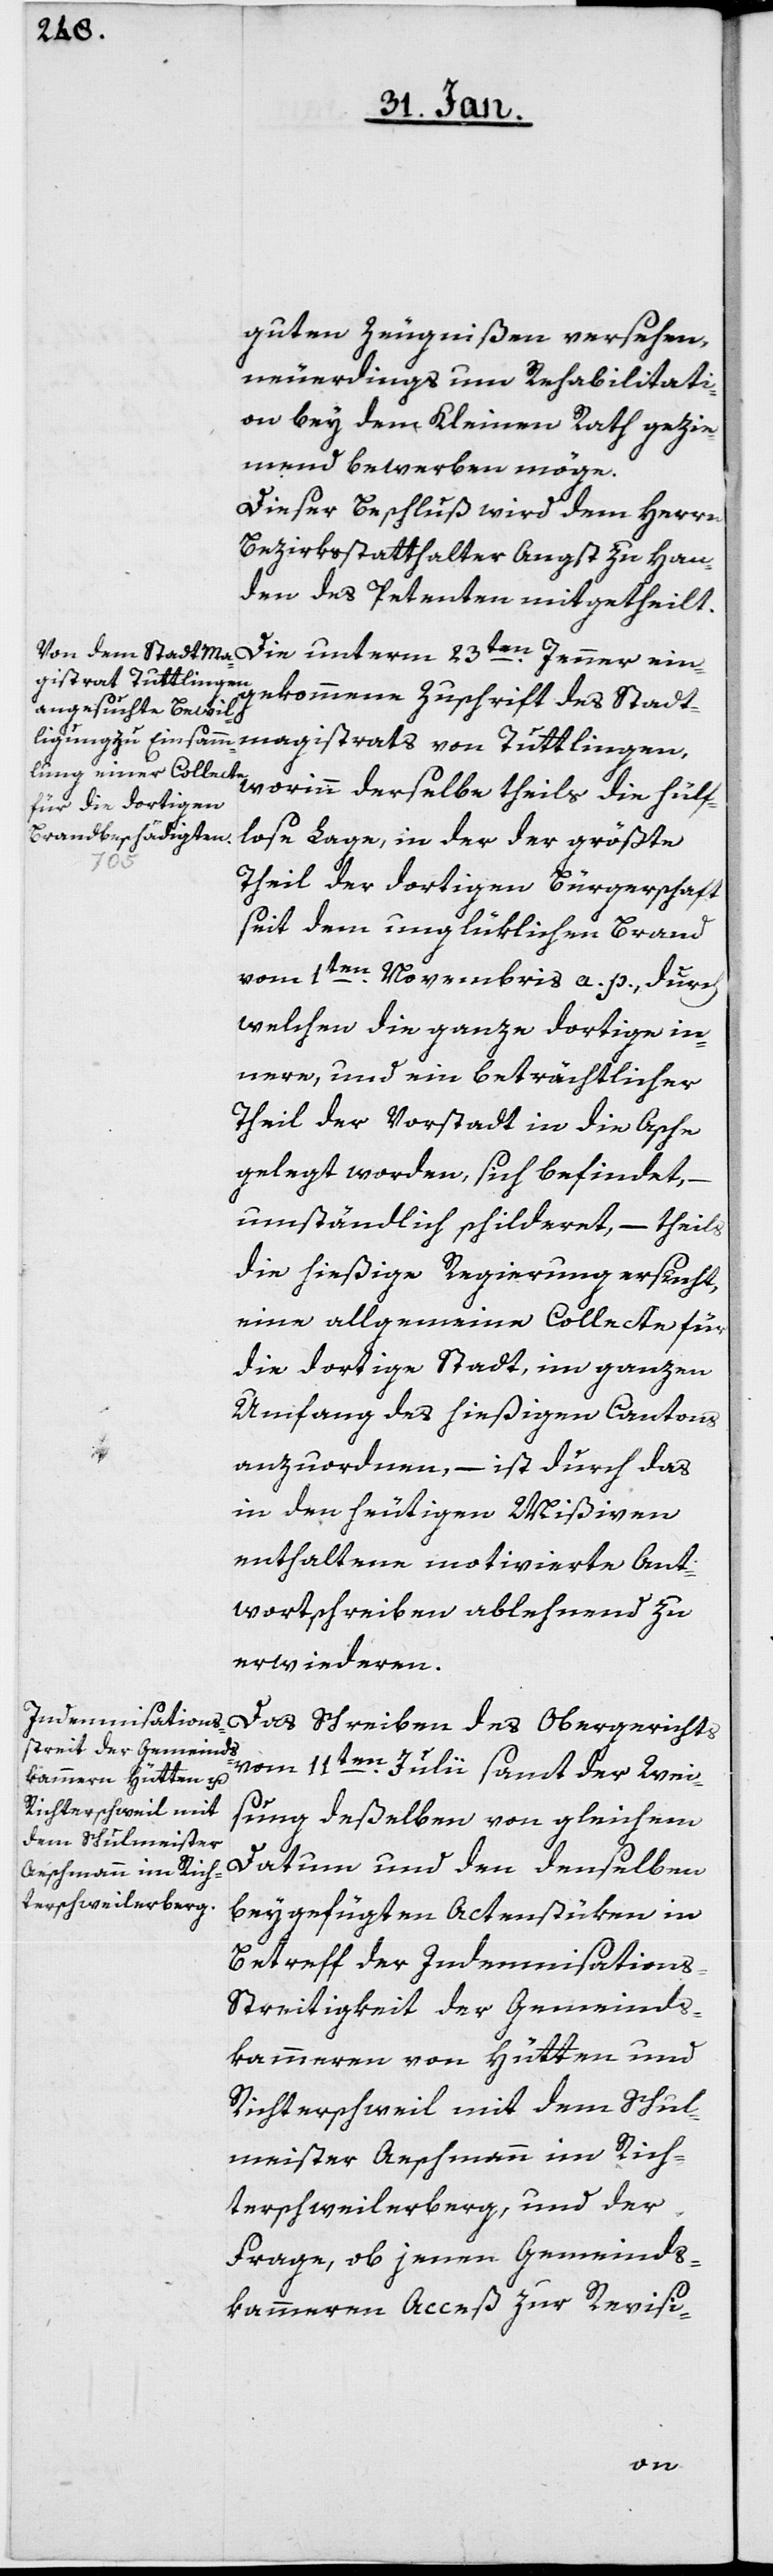
guten Zeugnißen versehen,
neuerdings um Rehabilitati¬
on bey dem Kleinen Rath gezie¬
mend bewerben möge.
Dieser Beschluß wird dem Herrn
Bezirksstatthalter Angst zu Han¬
den des Petenten mitgetheilt.
Die unterm 23ten. Jenner ein¬
magistrats von Tuttlingen,
gekommene Zuschrift des Stadt¬
worinn derselbe theils die hülf¬
lose Lage, in der der größte
Theil der dortigen Bürgerschaft
seit dem unglüklichen Brand
vom 1ten. Novembris a. p., durch
welchen die ganze dortige in¬
nere, und ein beträchtlicher
Theil der Vorstadt in die Asche
gelegt worden, sich befindet, –
umständlich schilderet, – theils
die hießige Regierung ersucht,
eine allgemeine Collecte für
die dortige Stadt, im ganzen
Umfang des hießigen Cantons
anzuordnen, – ist durch das
in den heutigen Mißiven
enthaltene motivierte Ant¬
wortschreiben ablehnend zu
erwideren.
Das Schreiben des Obergerichts
vom 11ten. Julii samt der Weis¬
ung deßelben von gleichem
Datum und den denselben
beygefügten Actenstüken in
Betreff der Indemnisation¬
s-Streitigkeit der Gemeinds¬
kammeren von Hütten und
Richterschweil mit dem Schul¬
meister Aeschmann im Rich¬
terschweilerberg, und der
Frage, ob jenen Gemeinds¬
kammeren Acceß zur Revisi-